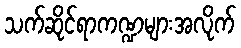
သက်ဆိုင်ရာကဏ္ဍများအလိုက်